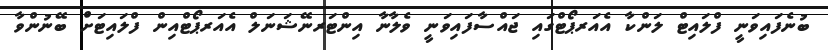
ބުނެފައިވަނީ ފްލައިޓް ލަންކާ އެއަރޕޯޓްގައި ޖައްސާފައިވަނީ ވެލާނާ އިންޓަރނޭޝަނަލް އެއަރޕޯޓްއިން ފްލައިޓަށް ބޭނުންވާ